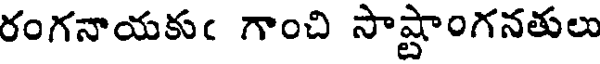
రంగనాయకుఁ గాంచి సాష్టాంగనతులు